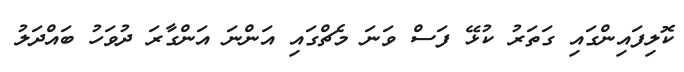
ކޮލިފައިންގައި ގަތަރު ކުޅޭ ފަސް ވަނަ މެޗްގައި އަންނަ އަންގާރަ ދުވަހު ބައްދަލު